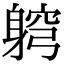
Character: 䠻